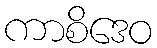
ကာစိဒေဝ